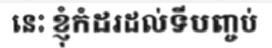
នេះ ខ្ញុំកំដរដល់ទីបញ្ចប់